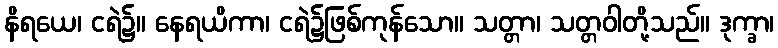
နိရယေ၊ ငရဲ၌။ နေရယိကာ၊ ငရဲ၌ဖြစ်ကုန်သော။ သတ္တာ၊ သတ္တဝါတို့သည်။ ဒုက္ခာ၊